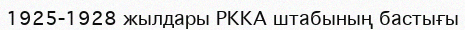
1925-1928 жылдары РККА штабының бастығы